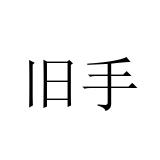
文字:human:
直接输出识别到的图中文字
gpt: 旧手